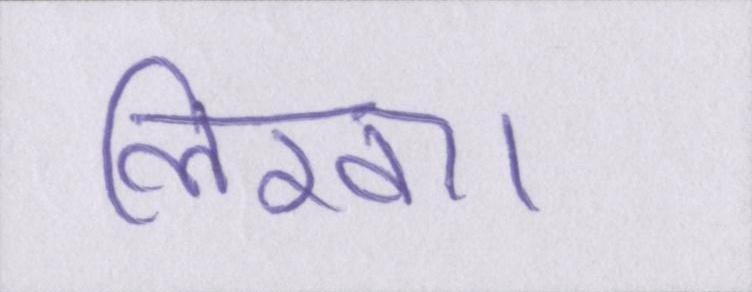
लिखा।